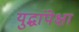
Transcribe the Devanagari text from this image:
युद्धांपेक्षा